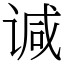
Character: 𫍯